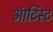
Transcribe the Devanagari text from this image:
ऑर्टिस्ट